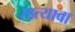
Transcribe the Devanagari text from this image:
तात्याबा